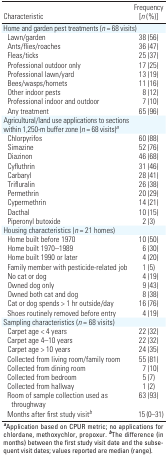
| Characteristic | Frequency [n (%)] |
 | --- | --- |
 | <COLSPAN=2> Home and garden pest treatments (n = 68 visits) |
 | Lawn/garden | 38 (56) |
 | Ants/flies/roaches | 36 (47) |
 | Fleas/ticks | 25 (37) |
 | Professional outdoor only | 17 (25) |
 | Professional lawn/yard | 13 (19) |
 | Bees/wasps/hornets | 11 (16) |
 | Other indoor pests | 8 (12) |
 | Professional indoor and outdoor | 7 (10) |
 | Any treatment | 65 (96) |
 | Agricultural/land use applications to sections within 1,250-m bufferzone (n = 68 visits)a |  |
 | Chlorpyrifos | 60 (88) |
 | Simazine | 52 (76) |
 | Diazinon | 46 (68) |
 | Cyfluthrin | 31 (46) |
 | Carbaryl | 28 (41) |
 | Trifluralin | 26 (38) |
 | Permethrin | 20 (29) |
 | Cypermethrin | 14 (21) |
 | Dacthal | 10 (15) |
 | Piperonyl butoxide | 2 (3) |
 | Housing characteristics (n = 21 homes) |  |
 | Home built before 1970 | 10 (50) |
 | Home built 1970–1989 | 6 (30) |
 | Home built 1990 or later | 4 (20) |
 | Family member with pesticide-related job | 1 (5) |
 | No cat or dog | 4 (19) |
 | Owned dog only | 9 (43) |
 | Owned both cat and dog | 8 (38) |
 | Cat or dog spends > 1 hr outside/day | 16 (76) |
 | Shoes routinely removed before entry | 4 (19) |
 | Sampling characteristics (n = 68 visits) |  |
 | Carpet age < 4 years | 22 (32) |
 | Carpet age 4–10 years | 22 (32) |
 | Carpet age > 10 years | 24 (35) |
 | Collected from living room/family room | 55 (81) |
 | Collected from dining room | 7 (10) |
 | Collected from bedroom | 5 (7) |
 | Collected from hallway | 1 (2) |
 | Room of sample collection used as throughway | 63 (93) |
 | Months after first study visitb | 15 (0–31) |
 | <COLSPAN=2> aApplication based on CPUR metric; no applications forchlordane, methoxychlor, propoxur. bThe difference (in months) betweenthe first study visit date and the subsequent visit dates; valuesreported are median (range). |